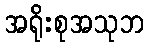
အရိုးစုအသုဘ